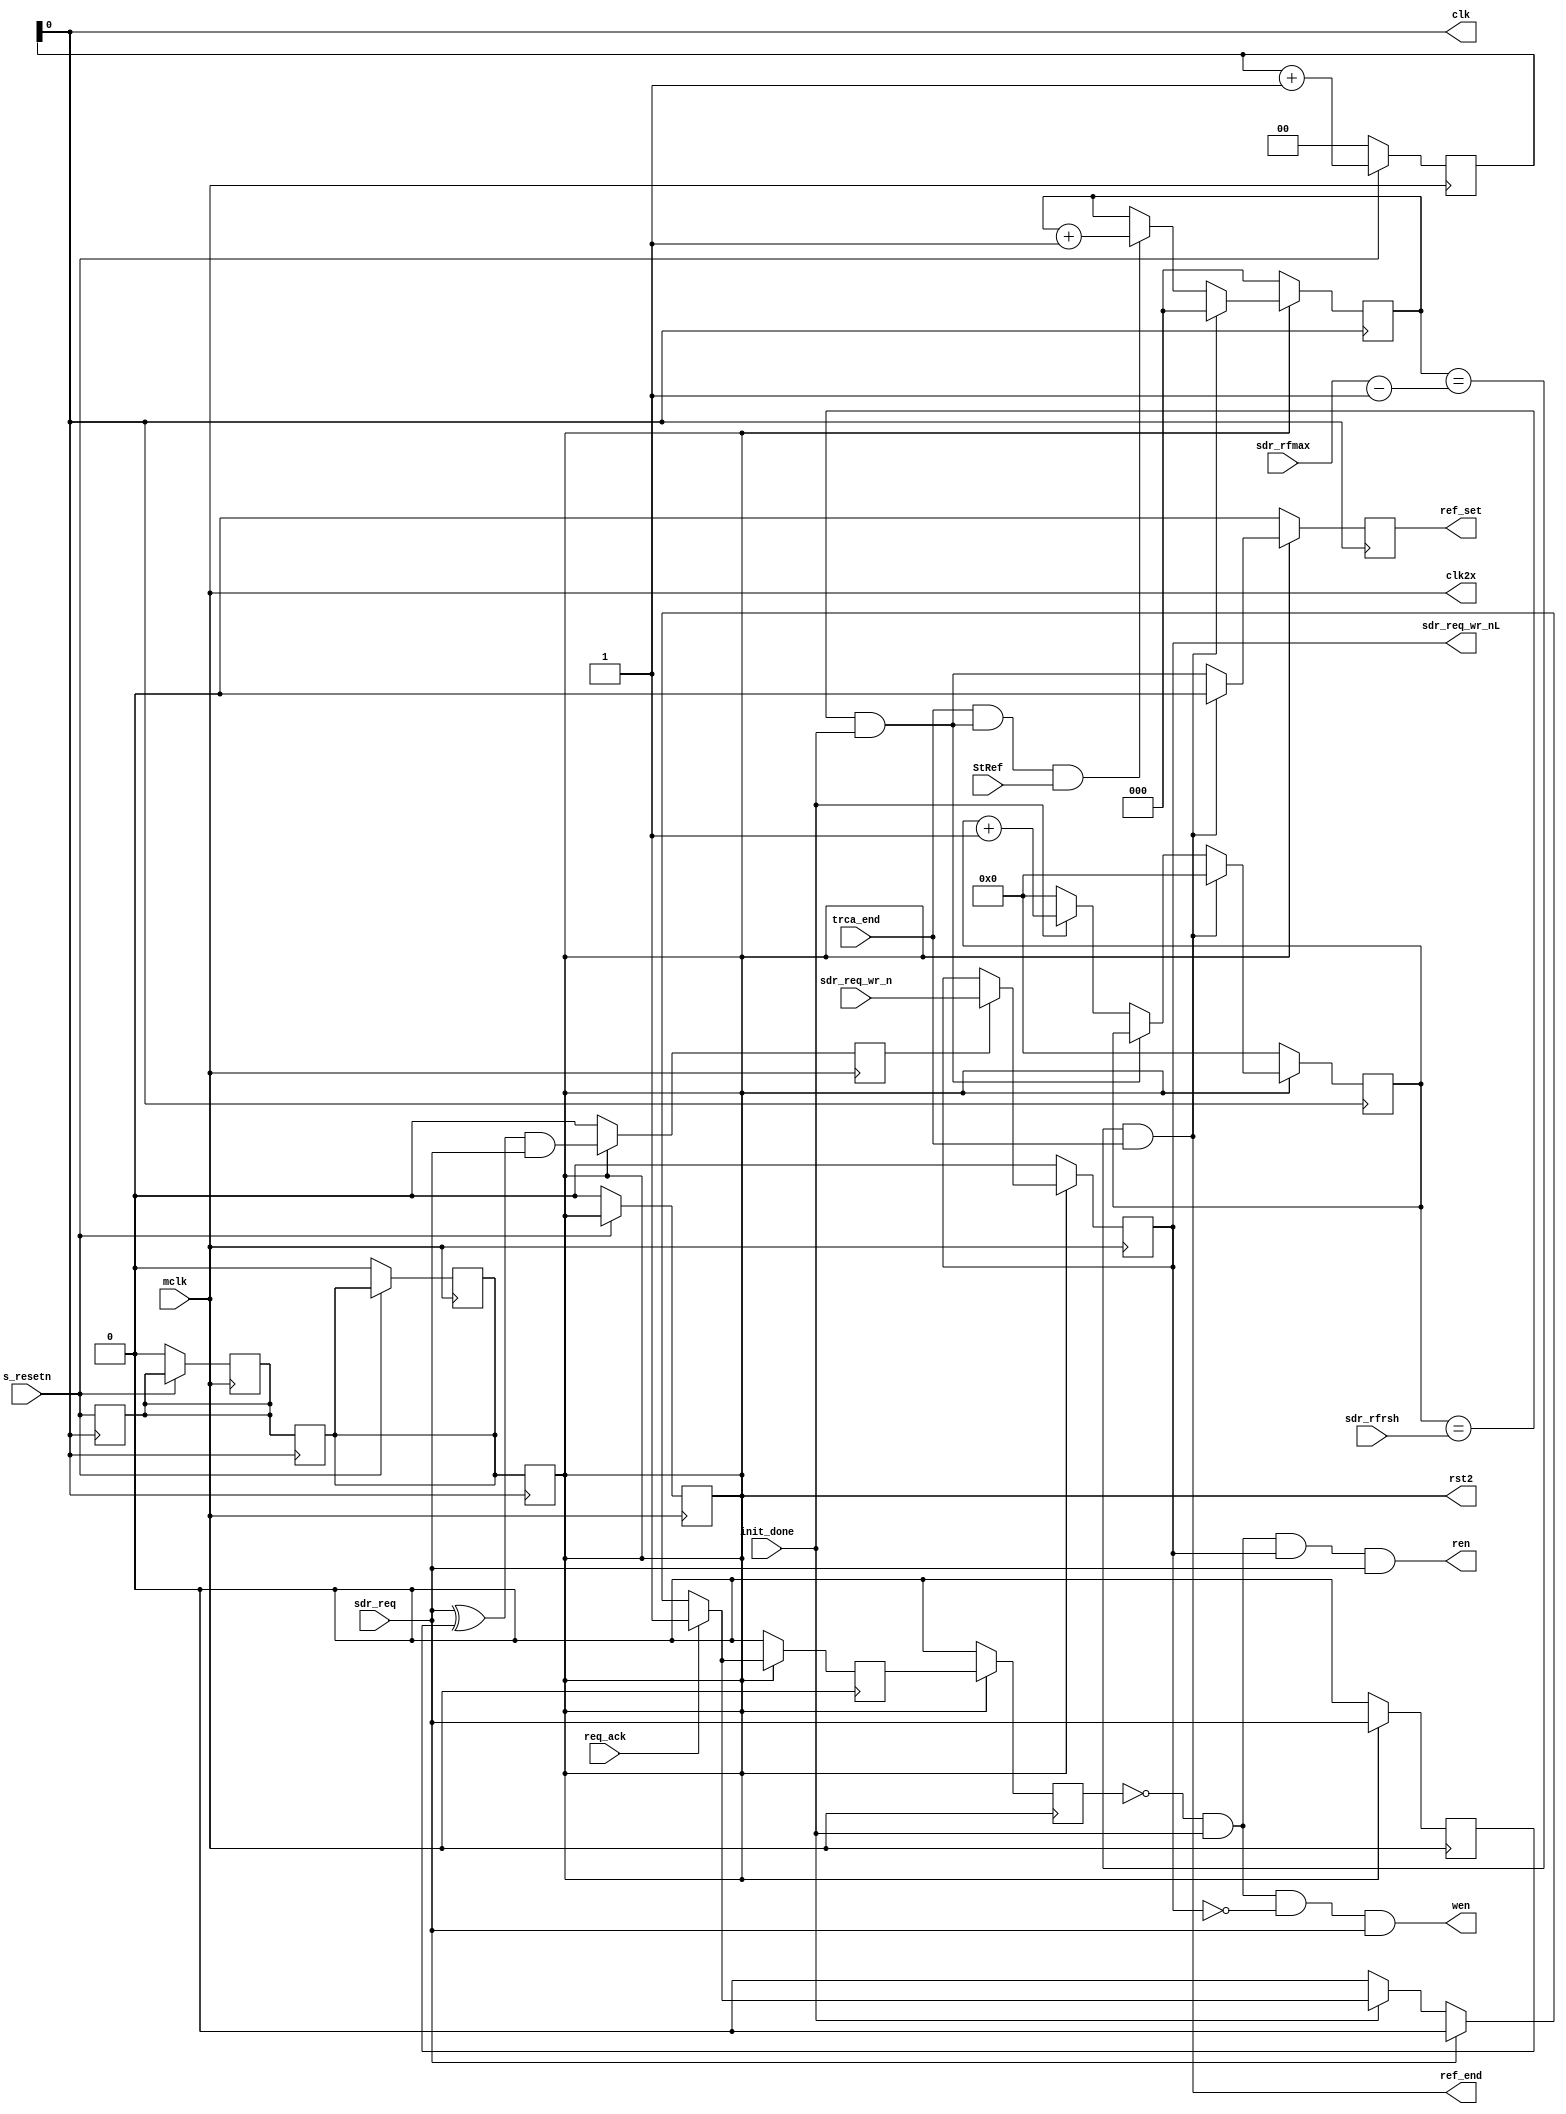
module ref_chk(

   // -Outputs-
   ref_set,ref_end,wen,ren,clk,clk2x,rst2,
   sdr_req_wr_nL,

   // -Inputs-
   mclk,s_resetn,trca_end,sdr_rfrsh,sdr_rfmax,
   init_done,sdr_req_wr_n,sdr_req,StRef,req_ack

);

output	ref_set,	// refresh set do refresh	
   ref_end,	//
   wen,		// write enble
   ren,		// read enable
   clk,		// clock out
   clk2x,			
   rst2;		// reset o/p

output	sdr_req_wr_nL;

input 	mclk,		// master clock
   s_resetn,	// reset i/p
   trca_end;
input  [11:0]	sdr_rfrsh;	//  number of rows to refresh per burst

input  [2:0]	sdr_rfmax;	//  refresh time per row

input	 	init_done,     	// initialization done i/p
   sdr_req_wr_n,	// 0-wr,1-rd
   sdr_req,	// next rd/wr req
   StRef,
   req_ack;

wire 	        mclk,
   s_resetn,
   trca_end;

wire  [11:0]	sdr_rfrsh;

wire  [2:0]	sdr_rfmax;

wire	 	init_done,
   sdr_req_wr_n,
   sdr_req,	
   StRef,
   req_ack;

reg		sdr_req_wr_nL;


reg [11:0]	ref_time;
reg [2:0] 	ref_max;
reg 		ref_set;//,wen,ren;
wire 		wen,ren;
reg 		rst0,rst1,rst2;
reg [1:0]	cnt;
wire 		clk,clk2x ;
reg		sdr_req1,sdr_reqD,sdr_reqD1;
reg 		ReqAckL1,ReqAckL2;
wire 		ReqAckL;

wire ref_setW = (ref_time == sdr_rfrsh) && init_done;
wire ref_end   = (ref_max==sdr_rfmax-3'b1)&trca_end;

always @(posedge mclk)
begin
   if(~s_resetn)
   begin
      cnt   <= 2'b00;

      rst0  <= 1'b0;
      rst1  <= 1'b0;
      rst2  <= 1'b0;
   end
   else
   begin
      cnt <= cnt + 2'b01;
      rst0  <= rst0;
      rst1  <= rst1;
      rst2  <= rst2;
   end
end
assign clk     = cnt[0];
assign clk2x   = mclk;
wire veri_ReqAckL;
assign veri_ReqAckL = ReqAckL;
assign ReqAckL	= (req_ack) ? 1'b1 :(sdr_req) ? 1'b0 : (!init_done) ? 1'b0 : veri_ReqAckL;


always @(posedge clk)
begin
   rst0 <= s_resetn;
   rst1 <= rst0;
   rst2 <= rst1;
end
//----
always @(posedge clk)
   if(!rst2)
   begin
      ref_time        <= 12'h000; //sdr_rfrsh;                   // load refresh time for row
      ref_set 		<= 1'b0;			// refersh counter set
      ref_max         <= 3'b000;  //sdr_rfmax;                   // load no: of rows to be refreshed
   end
   else
   begin
      if(ref_end)
      begin
	 ref_time    <= 12'h000;  //sdr_rfrsh;               // load refresh time for row
	 ref_set     <= 1'b0;
	 ref_max     <= 3'b000;   //sdr_rfmax;               // load no: of rows to be refreshed

      end		
      else
      begin
	 ref_time <= (ref_setW) ? ref_time :(init_done) ? (ref_time + 12'b1) : 12'h000 ;	
	 ref_set  <= ref_setW;//(ref_start) ? 1'b1:1'b0;
	 ref_max	 <= (trca_end&ref_setW&StRef) ? ref_max +3'b001 : ref_max;
      end
   end

always @(posedge clk2x)
   if(!rst2)
   begin
      sdr_req1		<= 1'b0;
      sdr_reqD		<= 1'b0;
      sdr_req_wr_nL   <= 1'b0;
      ReqAckL1		<= 1'b0;
      ReqAckL2		<= 1'b0;

   end
   else
   begin
      sdr_req1		<= sdr_req;
      sdr_reqD		<= (sdr_req^sdr_req1)&sdr_req;
      sdr_req_wr_nL	<= (sdr_reqD) ? sdr_req_wr_n : sdr_req_wr_nL;
      ReqAckL1		<= ReqAckL;
      ReqAckL2		<= ReqAckL1;

   end

assign wen = (!ReqAckL2 && init_done && !sdr_req_wr_nL && sdr_req);
assign ren = (!ReqAckL2 &&init_done && sdr_req_wr_nL && sdr_req);



endmodule